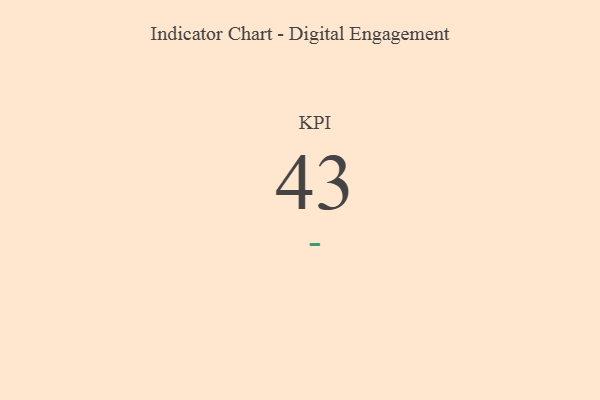
{"axis": {"x": "KPI", "y": "Value"}, "legend": [""], "data": [{"x": "KPI", "y": 43, "type": ""}]}